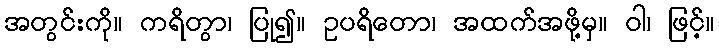
အတွင်းကို။ ကရိတွာ၊ ပြု၍။ ဥပရိတော၊ အထက်အဖို့မှ။ ဝါ၊ ဖြင့်။